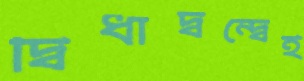
দ্বিধাদ্বন্দ্বেই